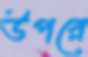
উপরে